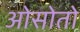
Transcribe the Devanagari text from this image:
ओसोतो